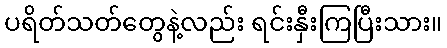
ပရိတ်သတ်တွေနဲ့လည်း ရင်းနှီးကြပြီးသား။